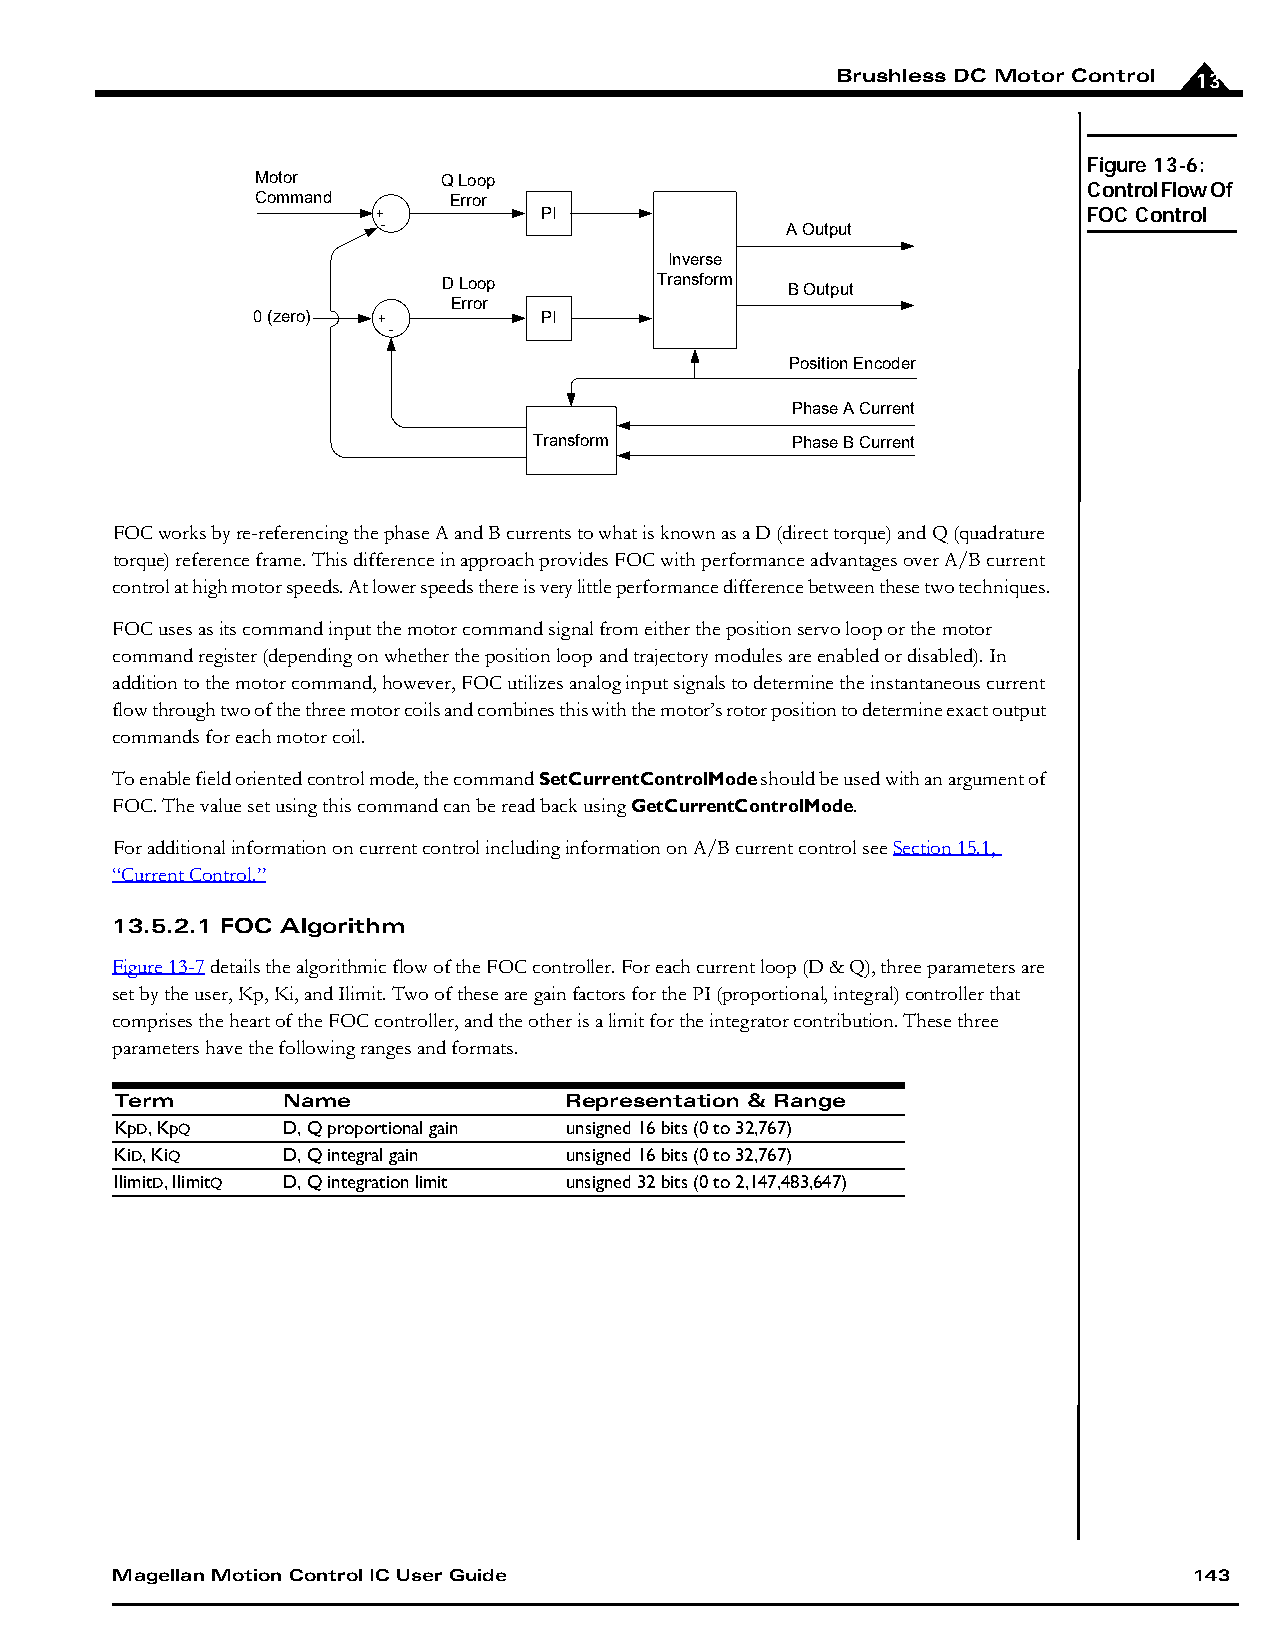
Brushless DC Motor Control 13
 Figure 13-6:
 Motor       Q Loop
 Control Flow Of
 Command      Error
 +          PI                                  FOC Control
 -                          A Output
 Inverse
 D Loop        Transform B Output
 Error
 0 (zero) +         PI
 -
 Position Encoder
 Phase A Current
 Transform        Phase B Current
 FOC works by re-referencing the phase A and B currents to what is known as a D (direct torque) and Q (quadrature
 torque) reference frame. This difference in approach provides FOC with performance advantages over A/B current
 control at high motor speeds. At lower speeds there is very little performance difference between these two techniques.
 FOC uses as its command input the motor command signal from either the position servo loop or the motor
 command register (depending on whether the position loop and trajectory modules are enabled or disabled). In
 addition to the motor command, however, FOC utilizes analog input signals to determine the instantaneous current
 flow through two of the three motor coils and combines this with the motor’s rotor position to determine exact output
 commands for each motor coil.
 To enable field oriented control mode, the command SetCurrentControlMode should be used with an argument of
 FOC. The value set using this command can be read back using GetCurrentControlMode.
 For additional information on current control including information on A/B current control see Section 15.1,
 “Current Control.”
 13.5.2.1 FOC Algorithm
 Figure13-7 details the algorithmic flow of the FOC controller. For each current loop (D & Q), three parameters are
 set by the user, Kp, Ki, and Ilimit. Two of these are gain factors for the PI (proportional, integral) controller that
 comprises the heart of the FOC controller, and the other is a limit for the integrator contribution. These three
 parameters have the following ranges and formats.
 Term       Name              Representation & Range
 KpD, KpQ   D, Q proportional gain unsigned 16 bits (0 to 32,767)
 KiD, KiQ   D, Q integral gain unsigned 16 bits (0 to 32,767)
 IlimitD, IlimitQ D, Q integration limit unsigned 32 bits (0 to 2,147,483,647)
 Magellan Motion Control IC User Guide                                   143